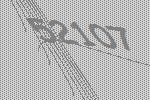
52107